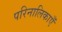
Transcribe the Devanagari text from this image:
परिनालिकाएँ